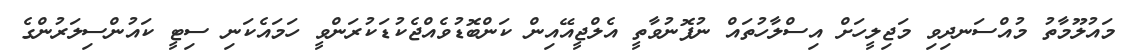
މައުލޫމާތު މުއްސަނދިވި މަޖިލީހަށް އިސްލާހުތައް ނުފޮނުވާތީ އެލްޖީއޭއިން ކަންބޮޑުވެއްޖެކުޑަކުރަންވީ ހަމައެކަނި ސިޓީ ކައުންސިލަރުންގެ